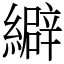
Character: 䌟